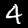
Digit: 4